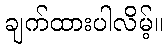
ချက်ထားပါလိမ့်။